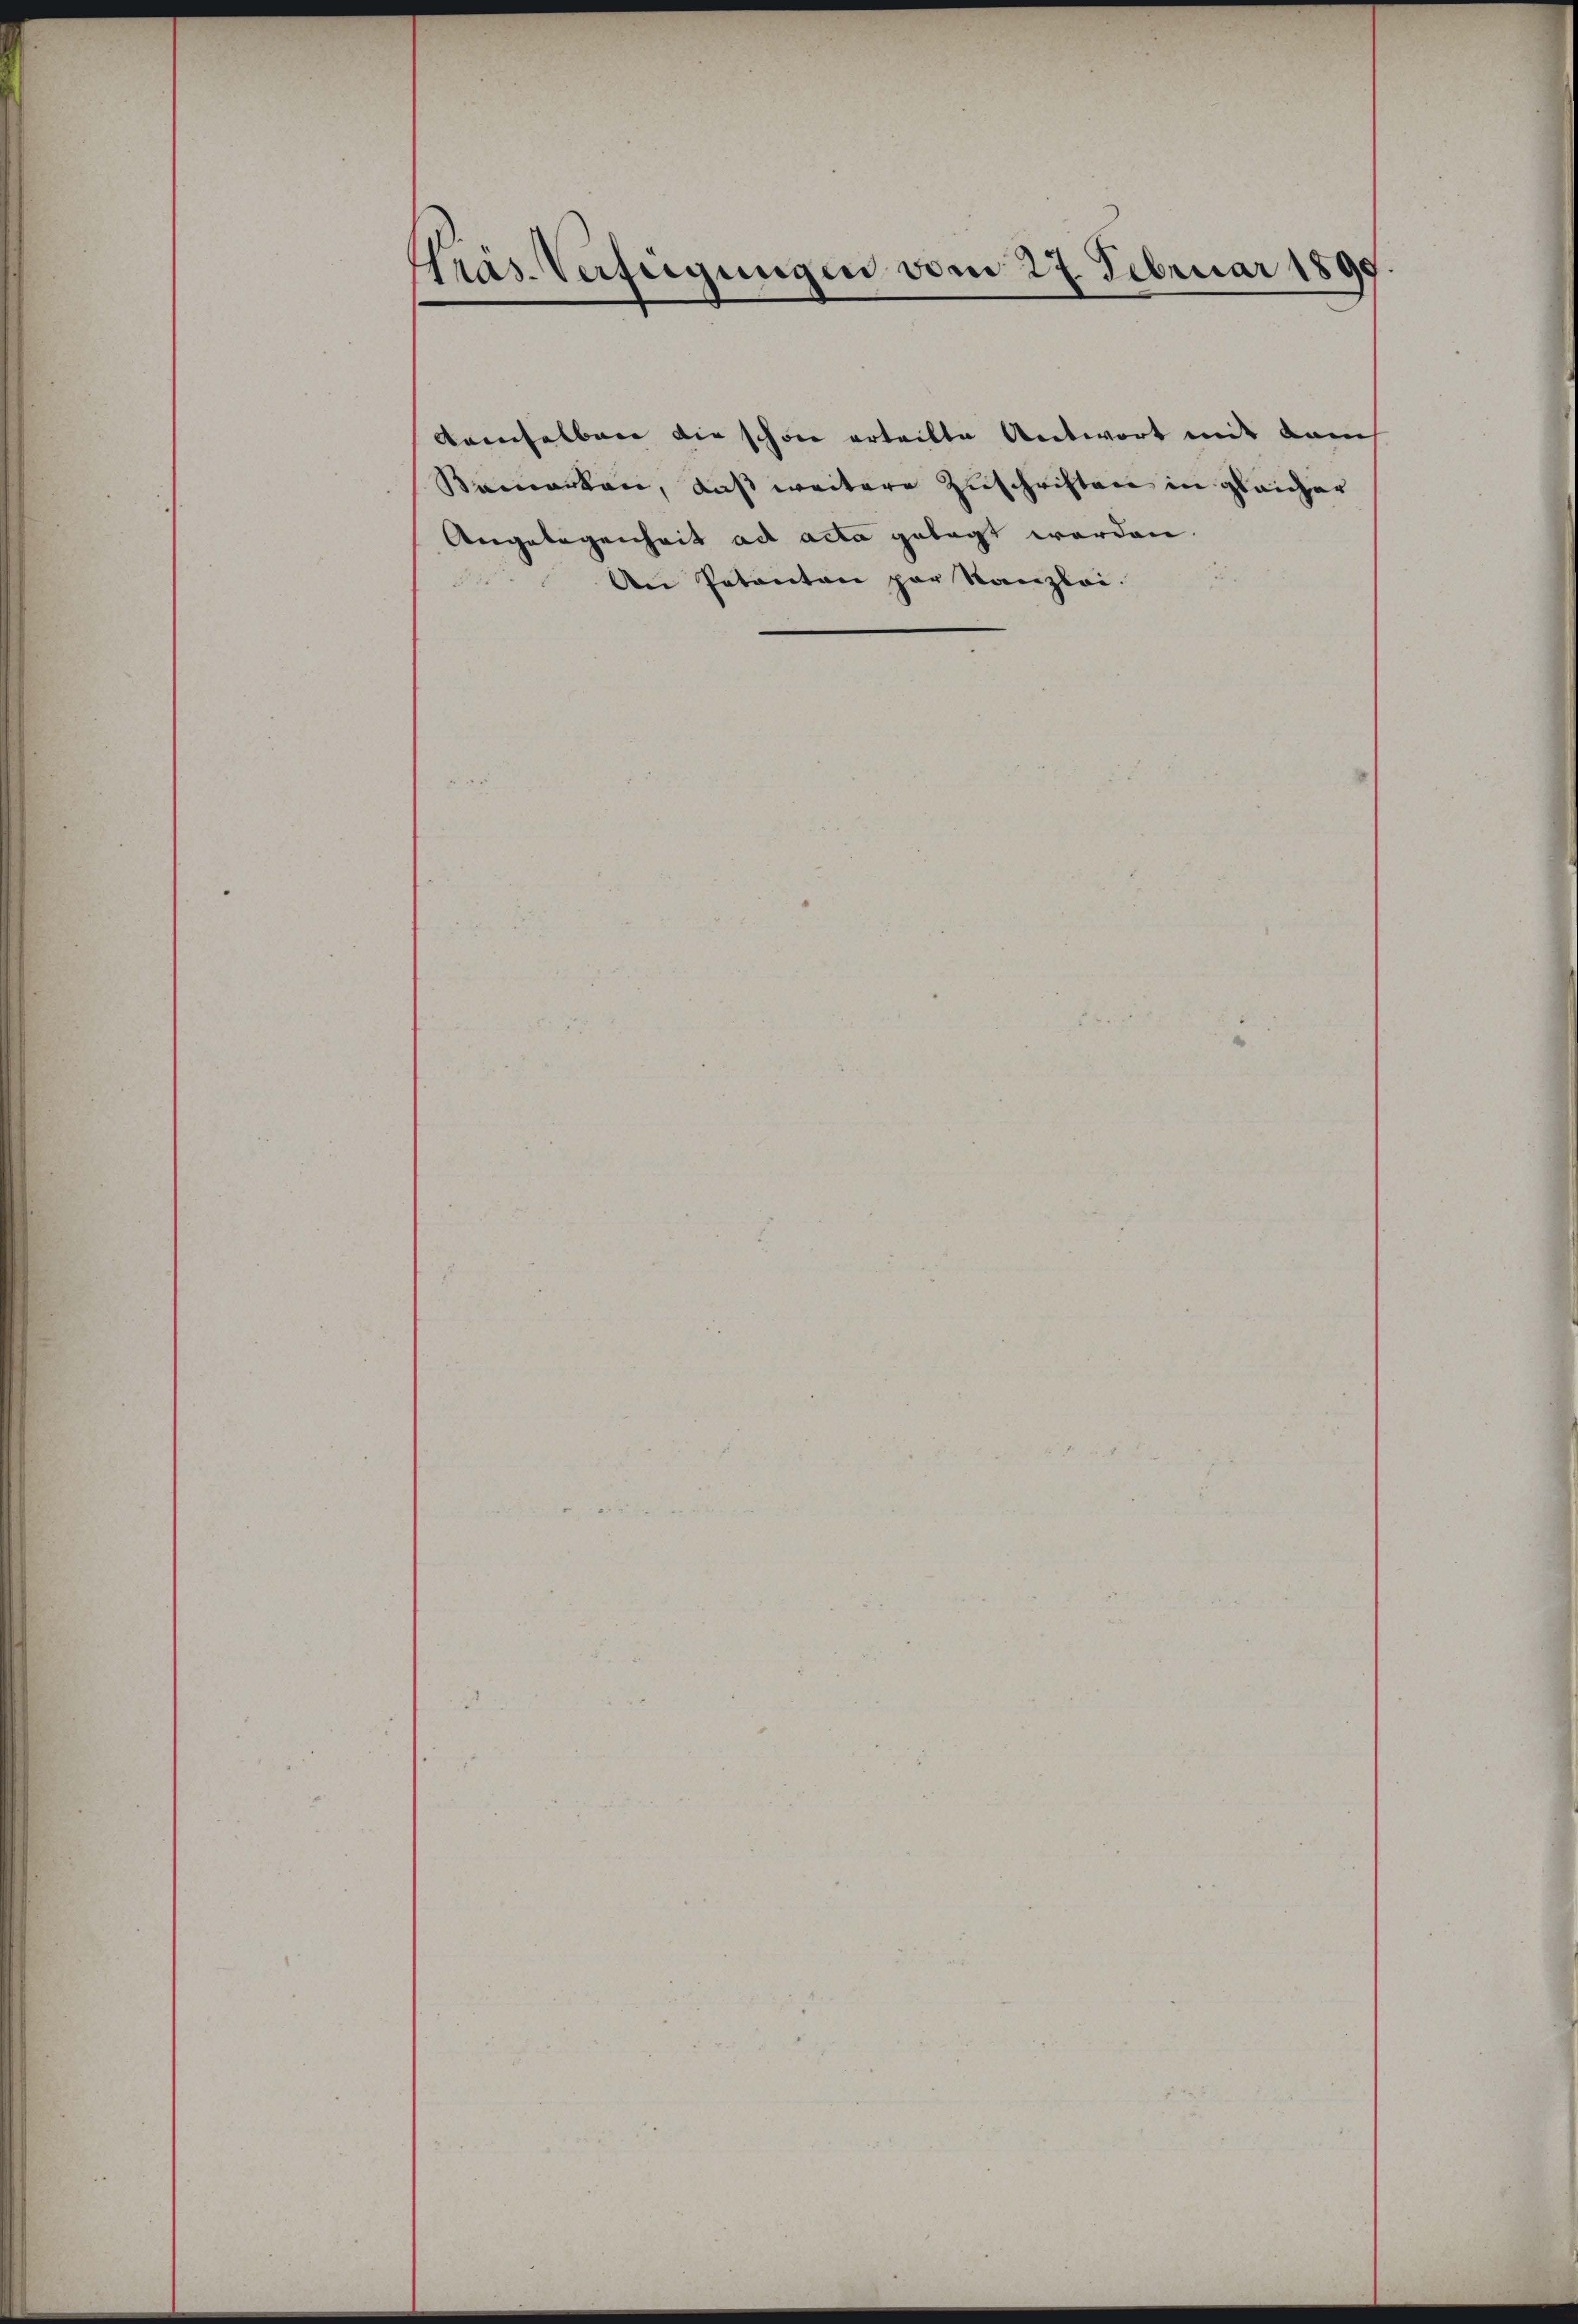
Präs. Verfügungen vom 27. Februar 1899.

demselber die schon erteilte Antwort mit dem
Bemerken, daß weitere Zuschriften in gleicher
Angelegenheit ad acta gelegt werden.
An Petenten par Kanzlei.